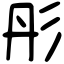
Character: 彤